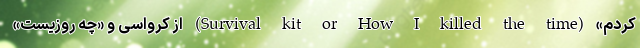
کردم» (Survival kit or How I killed the time) از کرواسی و «چه روزیست»